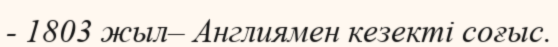
- 1803 жыл– Англиямен кезекті соғыс.